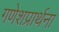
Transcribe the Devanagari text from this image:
गणेशप्रार्थना